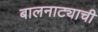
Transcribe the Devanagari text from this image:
बालनाट्याची